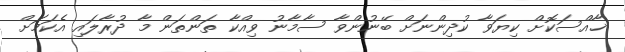
ޚާއްސަކޮށް ކިޔަވާ ކުދިންނަށް ބޭނުންވާ ސާމާނު ވިއްކާ ތަންތަން މާ ދުރާލައި އެކަމަށް